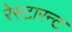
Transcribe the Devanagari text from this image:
रेस्टारन्ट